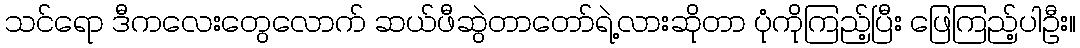
သင်ရော ဒီကလေးတွေလောက် ဆယ်ဖီဆွဲတာတော်ရဲ့လားဆိုတာ ပုံကိုကြည့်ပြီး ဖြေကြည့်ပါဦး။